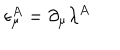
\epsilon _ { \mu } ^ { A } = \partial _ { \mu } \lambda ^ { A }